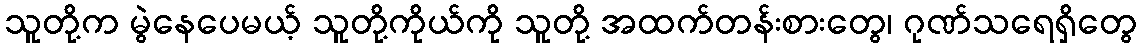
သူတို့က မွဲနေပေမယ့် သူတို့ကိုယ်ကို သူတို့ အထက်တန်းစားတွေ၊ ဂုဏ်သရေရှိတွေ